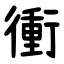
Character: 衝